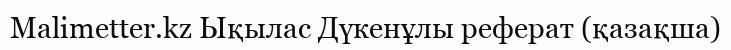
Malimetter.kz Ықылас Дүкенұлы реферат (қазақша)